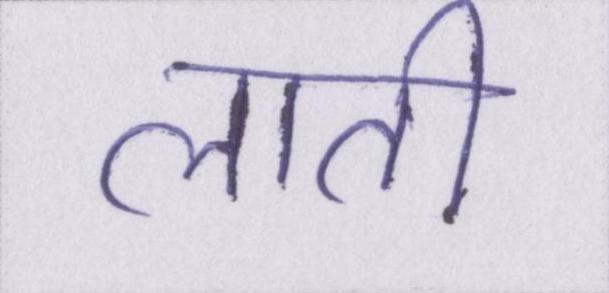
लाती